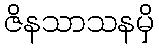
ဇိနသာသနမှိ